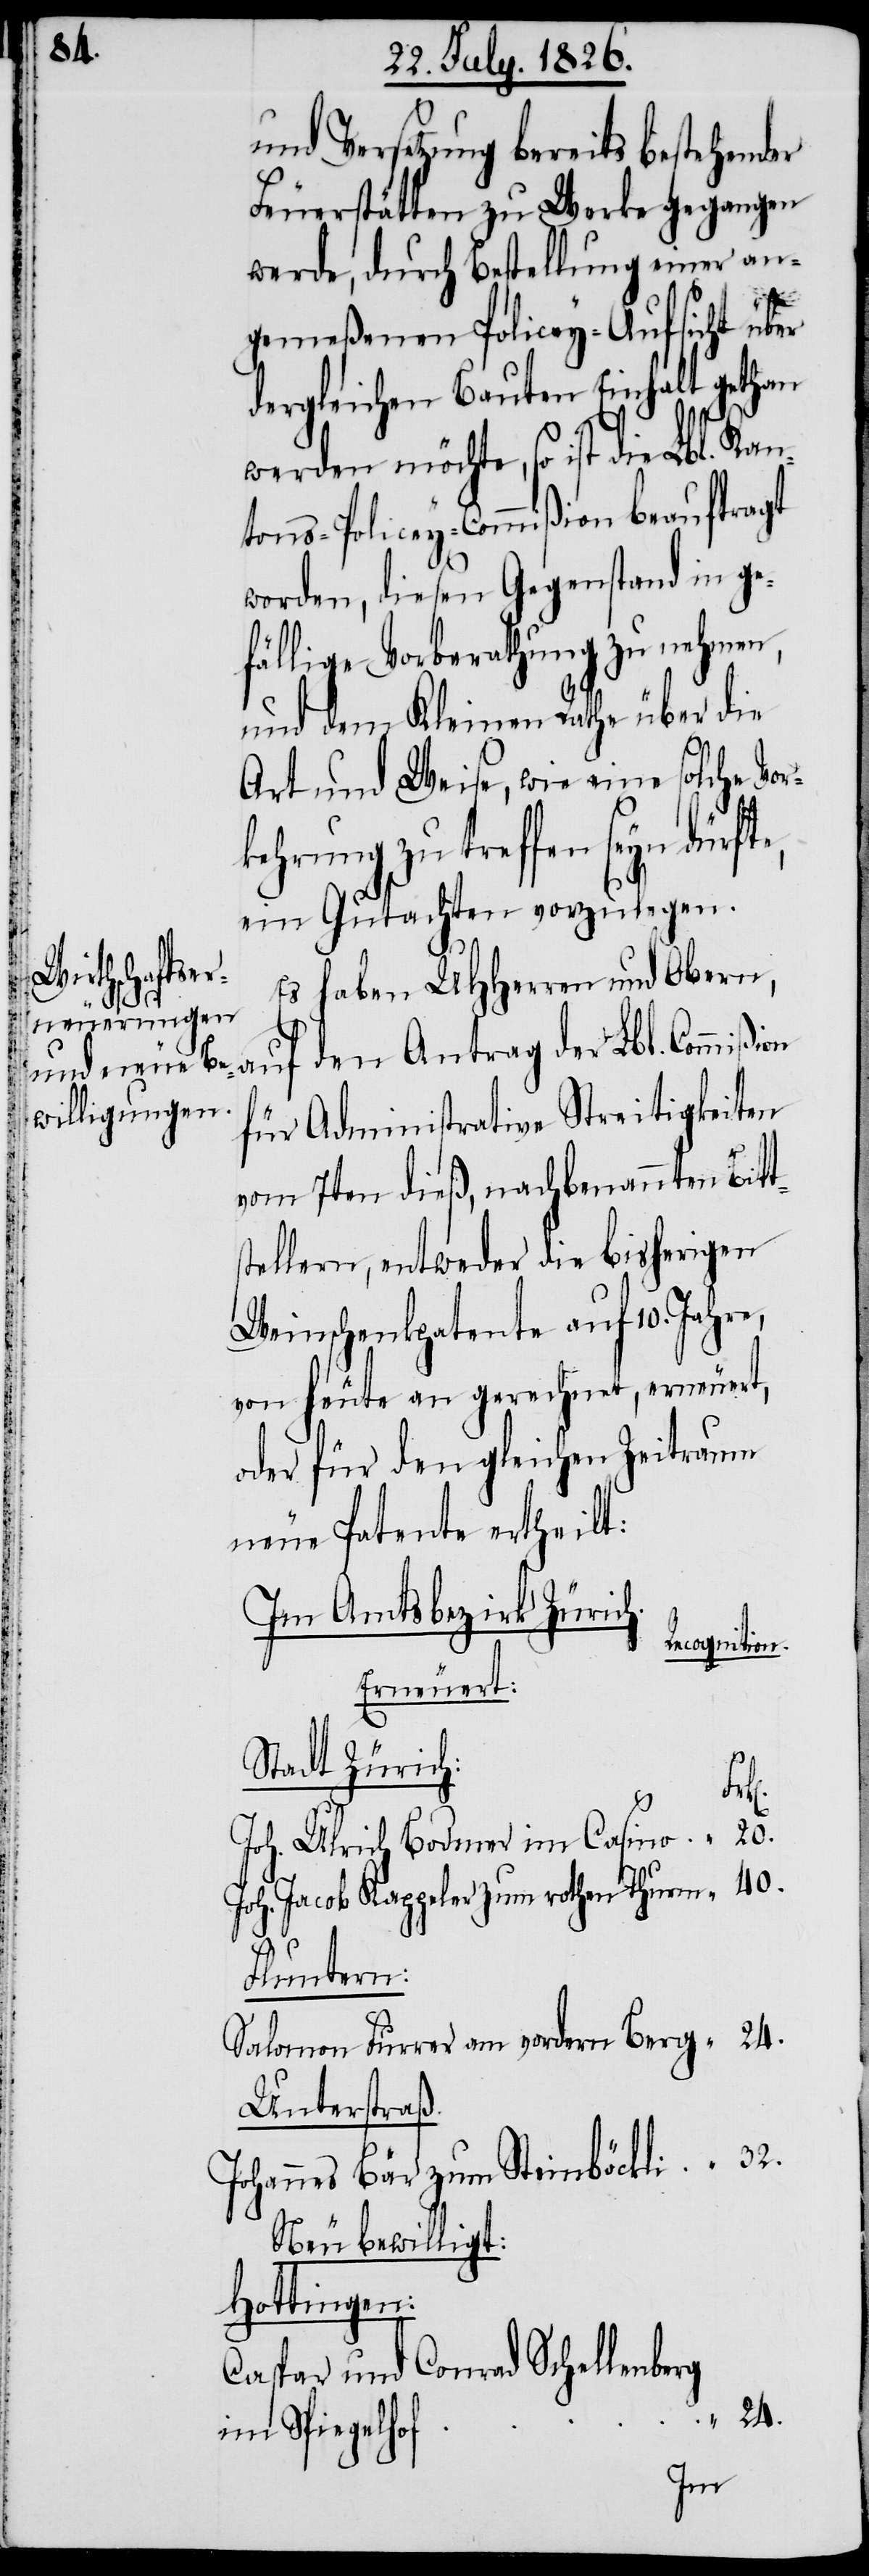
s¬

und Versetzung bereits bestehender
Feuerstätten zu Werke gegangen
werde, durch Bestellung einer an¬
gemeßenen Policey-Aufsicht über
dergleichen Bauten Einhalt gethan
werden möchte, so ist die Lbl. Kan¬
tons-Policey-Commißion beauftragt
worden, diesen Gegenstand in ge¬
fällige Vorberathung zu nehmen,
und dem Kleinen Rathe über die
Art und Weise, wie eine solche Vor¬
kehrung zu treffen seyn dürft¬
ein Gutachten vorzulegen.
Es haben MHHerren und Ober¬
n, auf den Antrag der Lbl. Commißi¬
für Administrative Streitigkeiten
vom 7ten dieß, nachbenannten Bitt¬
tellern, entweder die bisherigen
Weinschenkpatente auf 10. Jahre,
von heute an gerechnet, erneuert,
oder für den gleichen Zeitraum
neue Patente ertheilt:
Im Amtsbezirk Zürich.
Recognition
Erneuert:
Stadt Zürich:
Joh. Ulrich Bodmer im Casino
Joh. Jacob Kappeler zum rothen Thurm
Fluntern:
Salomon Furrer am vordern Berg
Unterstraß.
Johannes Bär zum Steinbäckli
Neu bewilligt:
Hottingen:
Caspar und Conrad Schellenberg
24.
im Spiegelhof
on